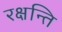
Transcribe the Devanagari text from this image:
रक्षन्ति